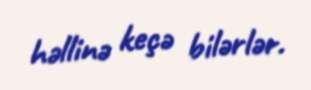
həllinə keçə bilərlər.